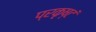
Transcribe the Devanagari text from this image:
प्रकृष्टं